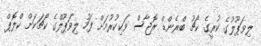
ލިވަޕޫލުގެ ކުރީގެ ކޯޗު ބްރެންޑް ރޮޖާސް ވަކިކުރުމަށް ފަހު ލިވަޕޫލްގެ ކޯޗަކަށް ކްލޮޕް